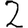
Digit: 2